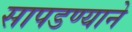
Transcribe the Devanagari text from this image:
सापडण्याने